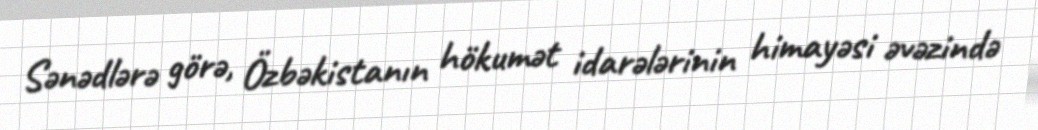
Sənədlərə görə, Özbəkistanın hökumət idarələrinin himayəsi əvəzində